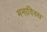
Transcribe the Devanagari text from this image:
मनाविरुध